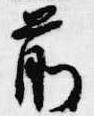
前